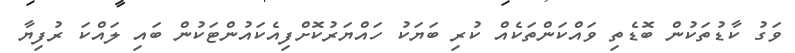
ވަގު ކާޑުތަކުން ބޮޑެތި ވައްކަންތަކެއް ކުރި ބަޔަކު ހައްޔަރުކޮށްފިއެކައުންޓަކުން ބައި ލައްކަ ރުފިޔާ